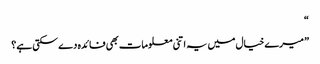
“
” میرے خیال میں یہ اتنی معلومات بھی فائدہ دے سکتی ہے؟